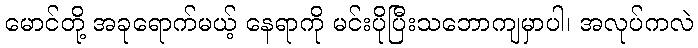
မောင်တို့ အခုရောက်မယ့် နေရာကို မင်းပိုပြီးသဘောကျမှာပါ၊ အလုပ်ကလဲ